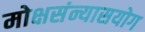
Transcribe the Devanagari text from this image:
मोक्षसंन्यासयोग